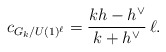
\begin{align*}c_{G_k/U(1)^{\ell}}=\frac{kh-h^{\vee}}{k + h^\vee}\,\ell .\end{align*}